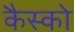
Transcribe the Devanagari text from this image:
कैस्को